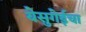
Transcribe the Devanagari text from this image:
येसुगेईचा